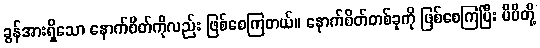
ခွန်အားရှိသော နောက်စိတ်ကိုလည်း ဖြစ်စေကြတယ်။ နောက်စိတ်တစ်ခုကို ဖြစ်စေကြပြီး မိမိတို့